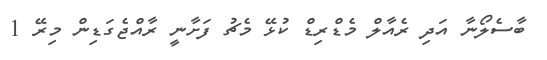
ބާސެލޯނާ އަދި ރެއާލް މެޑްރިޑްް ކުޅޭ މެޗު ފަށާނީ ރާއްޖެގަޑިން މިރޭ 1